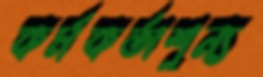
কর্মকর্তাশূন্য